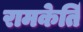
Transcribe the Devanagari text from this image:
रामकेर्ति